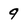
Character: 9